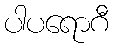
ပါပရောဂီ